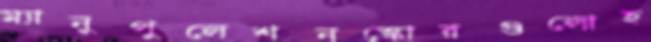
ম্যানুপুলেশনস্কোরগুলোহ